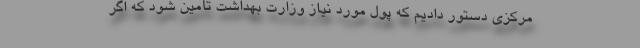
مرکزی دستور دادیم که پول مورد نیاز وزارت بهداشت تأمین شود که اگر